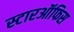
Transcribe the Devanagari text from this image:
स्टारऑफिस